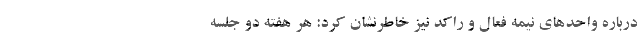
درباره واحدهای نیمه فعال و راکد نیز خاطرنشان کرد: هر هفته دو جلسه